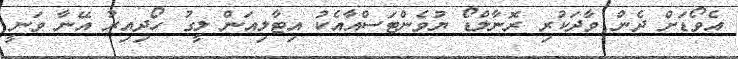
އެވޯޑަށް ދެން ވާދަކުރި ރޮނާލްޑޯ ޔުވެންޓަސްއާއެކު އިޓާލިއަން ލީގު ހޯދިއިރު އޭނާ ވަނީ